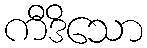
ကီဒိသော